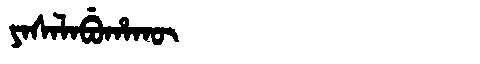
Manchu: ᠶᠠᠰᠠᠯᠠᠪᡠᡥᠠᡴᡡ
Romanization: YASALABUHAKŪ